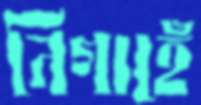
নিগাহেঁ